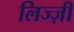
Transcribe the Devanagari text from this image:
लिज्ज़ी